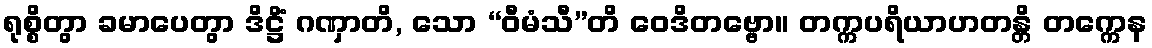
ရုစ္စိတွာ ခမာပေတွာ ဒိဋ္ဌိံ ဂဏှာတိ, သော “ဝီမံသီ”တိ ဝေဒိတဗ္ဗော။ တက္ကပရိယာဟတန္တိ တက္ကေန